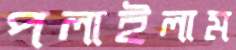
পলাইলাম